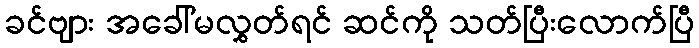
ခင်ဗျား အခေါ်မလွှတ်ရင် ဆင်ကို သတ်ပြီးလောက်ပြီ